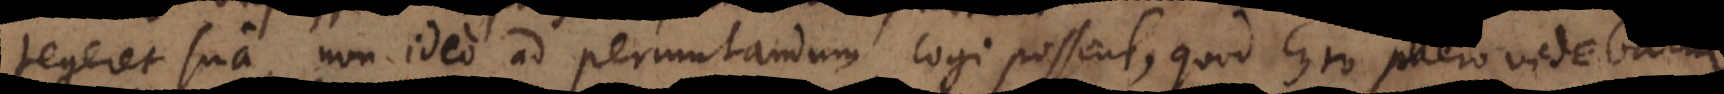
tegeret sua, non ideo ad permutandum cogi possent, Atque haec est aequa